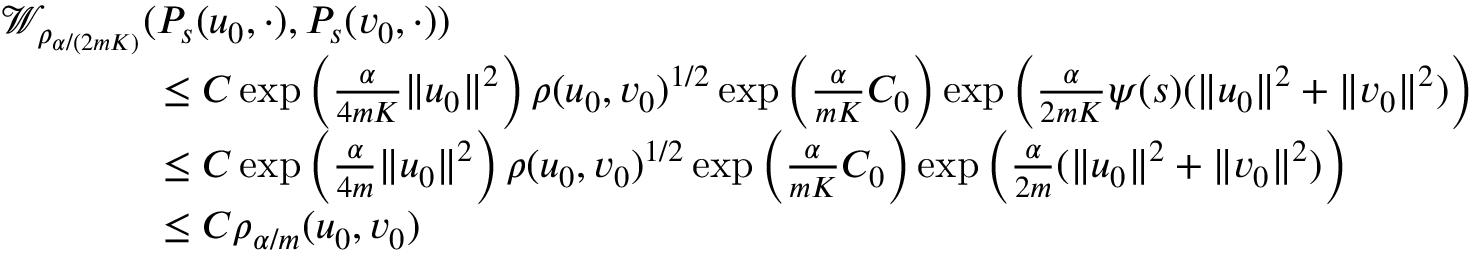
\begin{array} { r l } & { \mathcal { W } _ { \rho _ { \alpha / ( 2 m K ) } } ( P _ { s } ( u _ { 0 } , \cdot ) , P _ { s } ( v _ { 0 } , \cdot ) ) } \\ & { \qquad \qquad \leq C \exp \left( \frac { \alpha } { 4 m K } \| u _ { 0 } \| ^ { 2 } \right) \rho ( u _ { 0 } , v _ { 0 } ) ^ { 1 / 2 } \exp \left( \frac { \alpha } { m K } C _ { 0 } \right) \exp \left( \frac { \alpha } { 2 m K } \psi ( s ) ( \| u _ { 0 } \| ^ { 2 } + \| v _ { 0 } \| ^ { 2 } ) \right) } \\ & { \qquad \qquad \leq C \exp \left( \frac { \alpha } { 4 m } \| u _ { 0 } \| ^ { 2 } \right) \rho ( u _ { 0 } , v _ { 0 } ) ^ { 1 / 2 } \exp \left( \frac { \alpha } { m K } C _ { 0 } \right) \exp \left( \frac { \alpha } { 2 m } ( \| u _ { 0 } \| ^ { 2 } + \| v _ { 0 } \| ^ { 2 } ) \right) } \\ & { \qquad \qquad \leq C \rho _ { \alpha / m } ( u _ { 0 } , v _ { 0 } ) } \end{array}